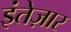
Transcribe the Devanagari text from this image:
इंतेज़ार